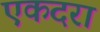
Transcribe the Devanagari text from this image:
एकदरा